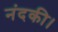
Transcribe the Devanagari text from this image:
नंदकी।